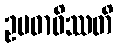
ဥပဓာဝိဿတိ